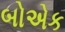
બોએક